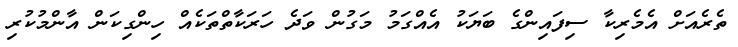
ތެރެއަށް އެމެރިކާ ސިފައިންގެ ބަޔަކު އެއްގަމު މަގުން ވަދެ ހަރަކާތްތަކެއް ހިންގިކަން އާންމުކުރި